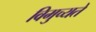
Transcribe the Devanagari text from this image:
विमुच्यते